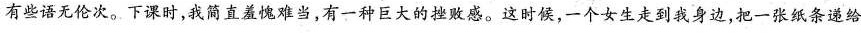
有些语无伦次。下课时，我简直羞难当，有一种巨大的挫败感。这时候，-个女生走到我身边，把一张纸条递给